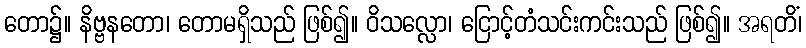
တော၌။ နိဗ္ဗနတော၊ တောမရှိသည် ဖြစ်၍။ ဝိသလ္လော၊ ငြောင့်တံသင်းကင်းသည် ဖြစ်၍။ အရတိံ၊